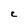
Character: C